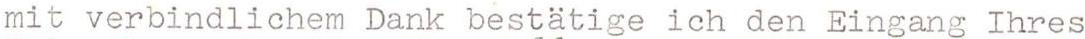
mit verbindlichem Dank bestätige ich den Eingang Ihres